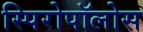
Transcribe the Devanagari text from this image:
स्पिरोपॉलोस